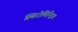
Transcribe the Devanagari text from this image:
स्थिरोमिन्द्रिय